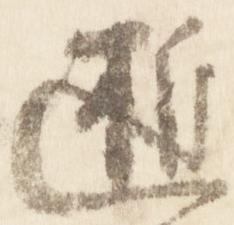
逝